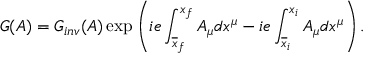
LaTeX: G ( A ) = G _ { i n v } ( A ) \exp \left( i e \int _ { \overline { { { x } } } _ { f } } ^ { x _ { f } } A _ { \mu } d x ^ { \mu } - i e \int _ { \overline { { { x } } } _ { i } } ^ { x _ { i } } A _ { \mu } d x ^ { \mu } \right) .